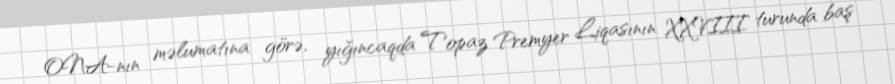
ONA-nın məlumatına görə, yığıncaqda Topaz Premyer Liqasının XXVIII turunda baş